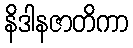
နိဒါနဇာတိကာ